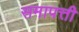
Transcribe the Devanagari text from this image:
समापत्ती